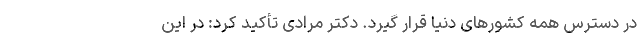
در دسترس همه کشورهای دنیا قرار گیرد. دکتر مرادی تأکید کرد: در این